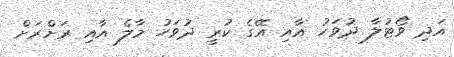
އަދި ވޯޓުލާ ދުވަހު އާއި އޭގެ ކުރީ ދުވަހު މާލެ އާއި ރަށްރަށް